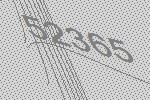
52365